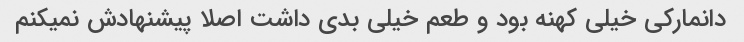
دانمارکی خیلی کهنه بود و طعم خیلی بدی داشت اصلا پیشنهادش نمیکنم